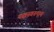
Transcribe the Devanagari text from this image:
यक्षस्वरूपाय